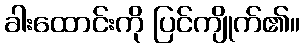
ခါးထောင်းကို ပြင်ကျိုက်၏။